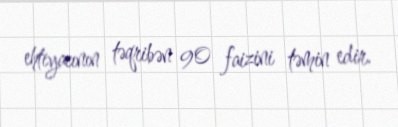
ehtiyacının təqribən 90 faizini təmin edir.